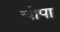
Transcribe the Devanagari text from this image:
चोपा